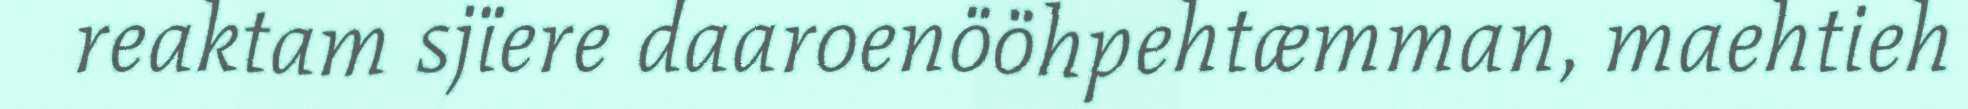
reaktam sjïere daaroenööhpehtæmman, maehtieh